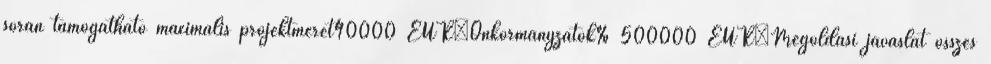
során támogatható maximális projektméret40000 EUR▪Önkormányzatok% 500000 EUR▪Megoldási javaslat összes